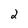
Character: 2